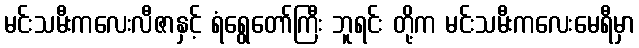
မင်းသမီးကလေးလီဇာနှင့် ရံရွေတော်ကြီး ဘူရင်း တို့က မင်းသမီးကလေးမေရီမှာ